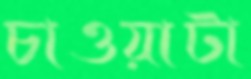
চাওয়াটা